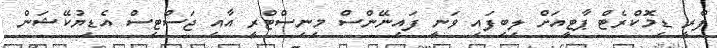
ފްރީ ޑިމޮކްރެޓް ޕާޓީއަށް ލިބިފައި ވަނީ ފައިނޭންސް މިނިސްޓްރީ އާއި ޖަސްޓިސް އެޑިޔުކޭޝަން